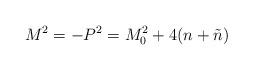
LaTeX: \begin{align*}M^{2}=-P^{2}=M_{0}^{2} + 4(n+\tilde{n})\end{align*}